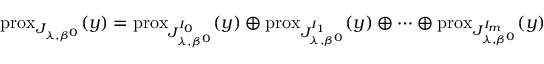
\mathrm { p r o x } _ { J _ { \boldsymbol { \lambda } , \beta ^ { 0 } } } ( y ) = \mathrm { p r o x } _ { J _ { \boldsymbol { \lambda } , { \beta ^ { 0 } } } ^ { I _ { 0 } } } ( y ) \oplus \mathrm { p r o x } _ { J _ { \boldsymbol { \lambda } , { \beta ^ { 0 } } } ^ { I _ { 1 } } } ( y ) \oplus \dots \oplus \mathrm { p r o x } _ { J _ { \boldsymbol { \lambda } , { \beta ^ { 0 } } } ^ { I _ { m } } } ( y )